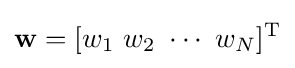
\mathbf {w} =[w_{1}\ w_{2}\ \cdots \ w_{N}]^{\textrm {T}}